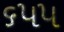
૬૫૫